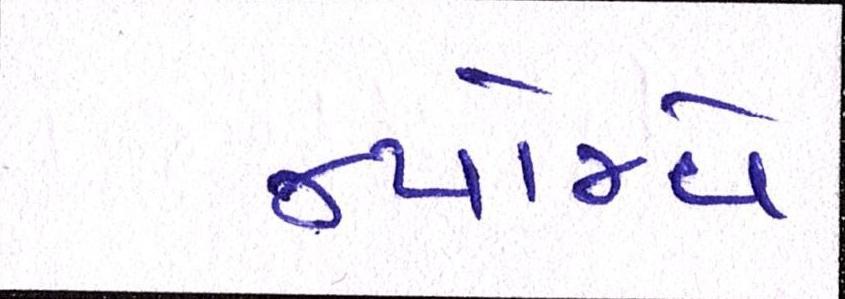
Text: ન્યોમ્વે